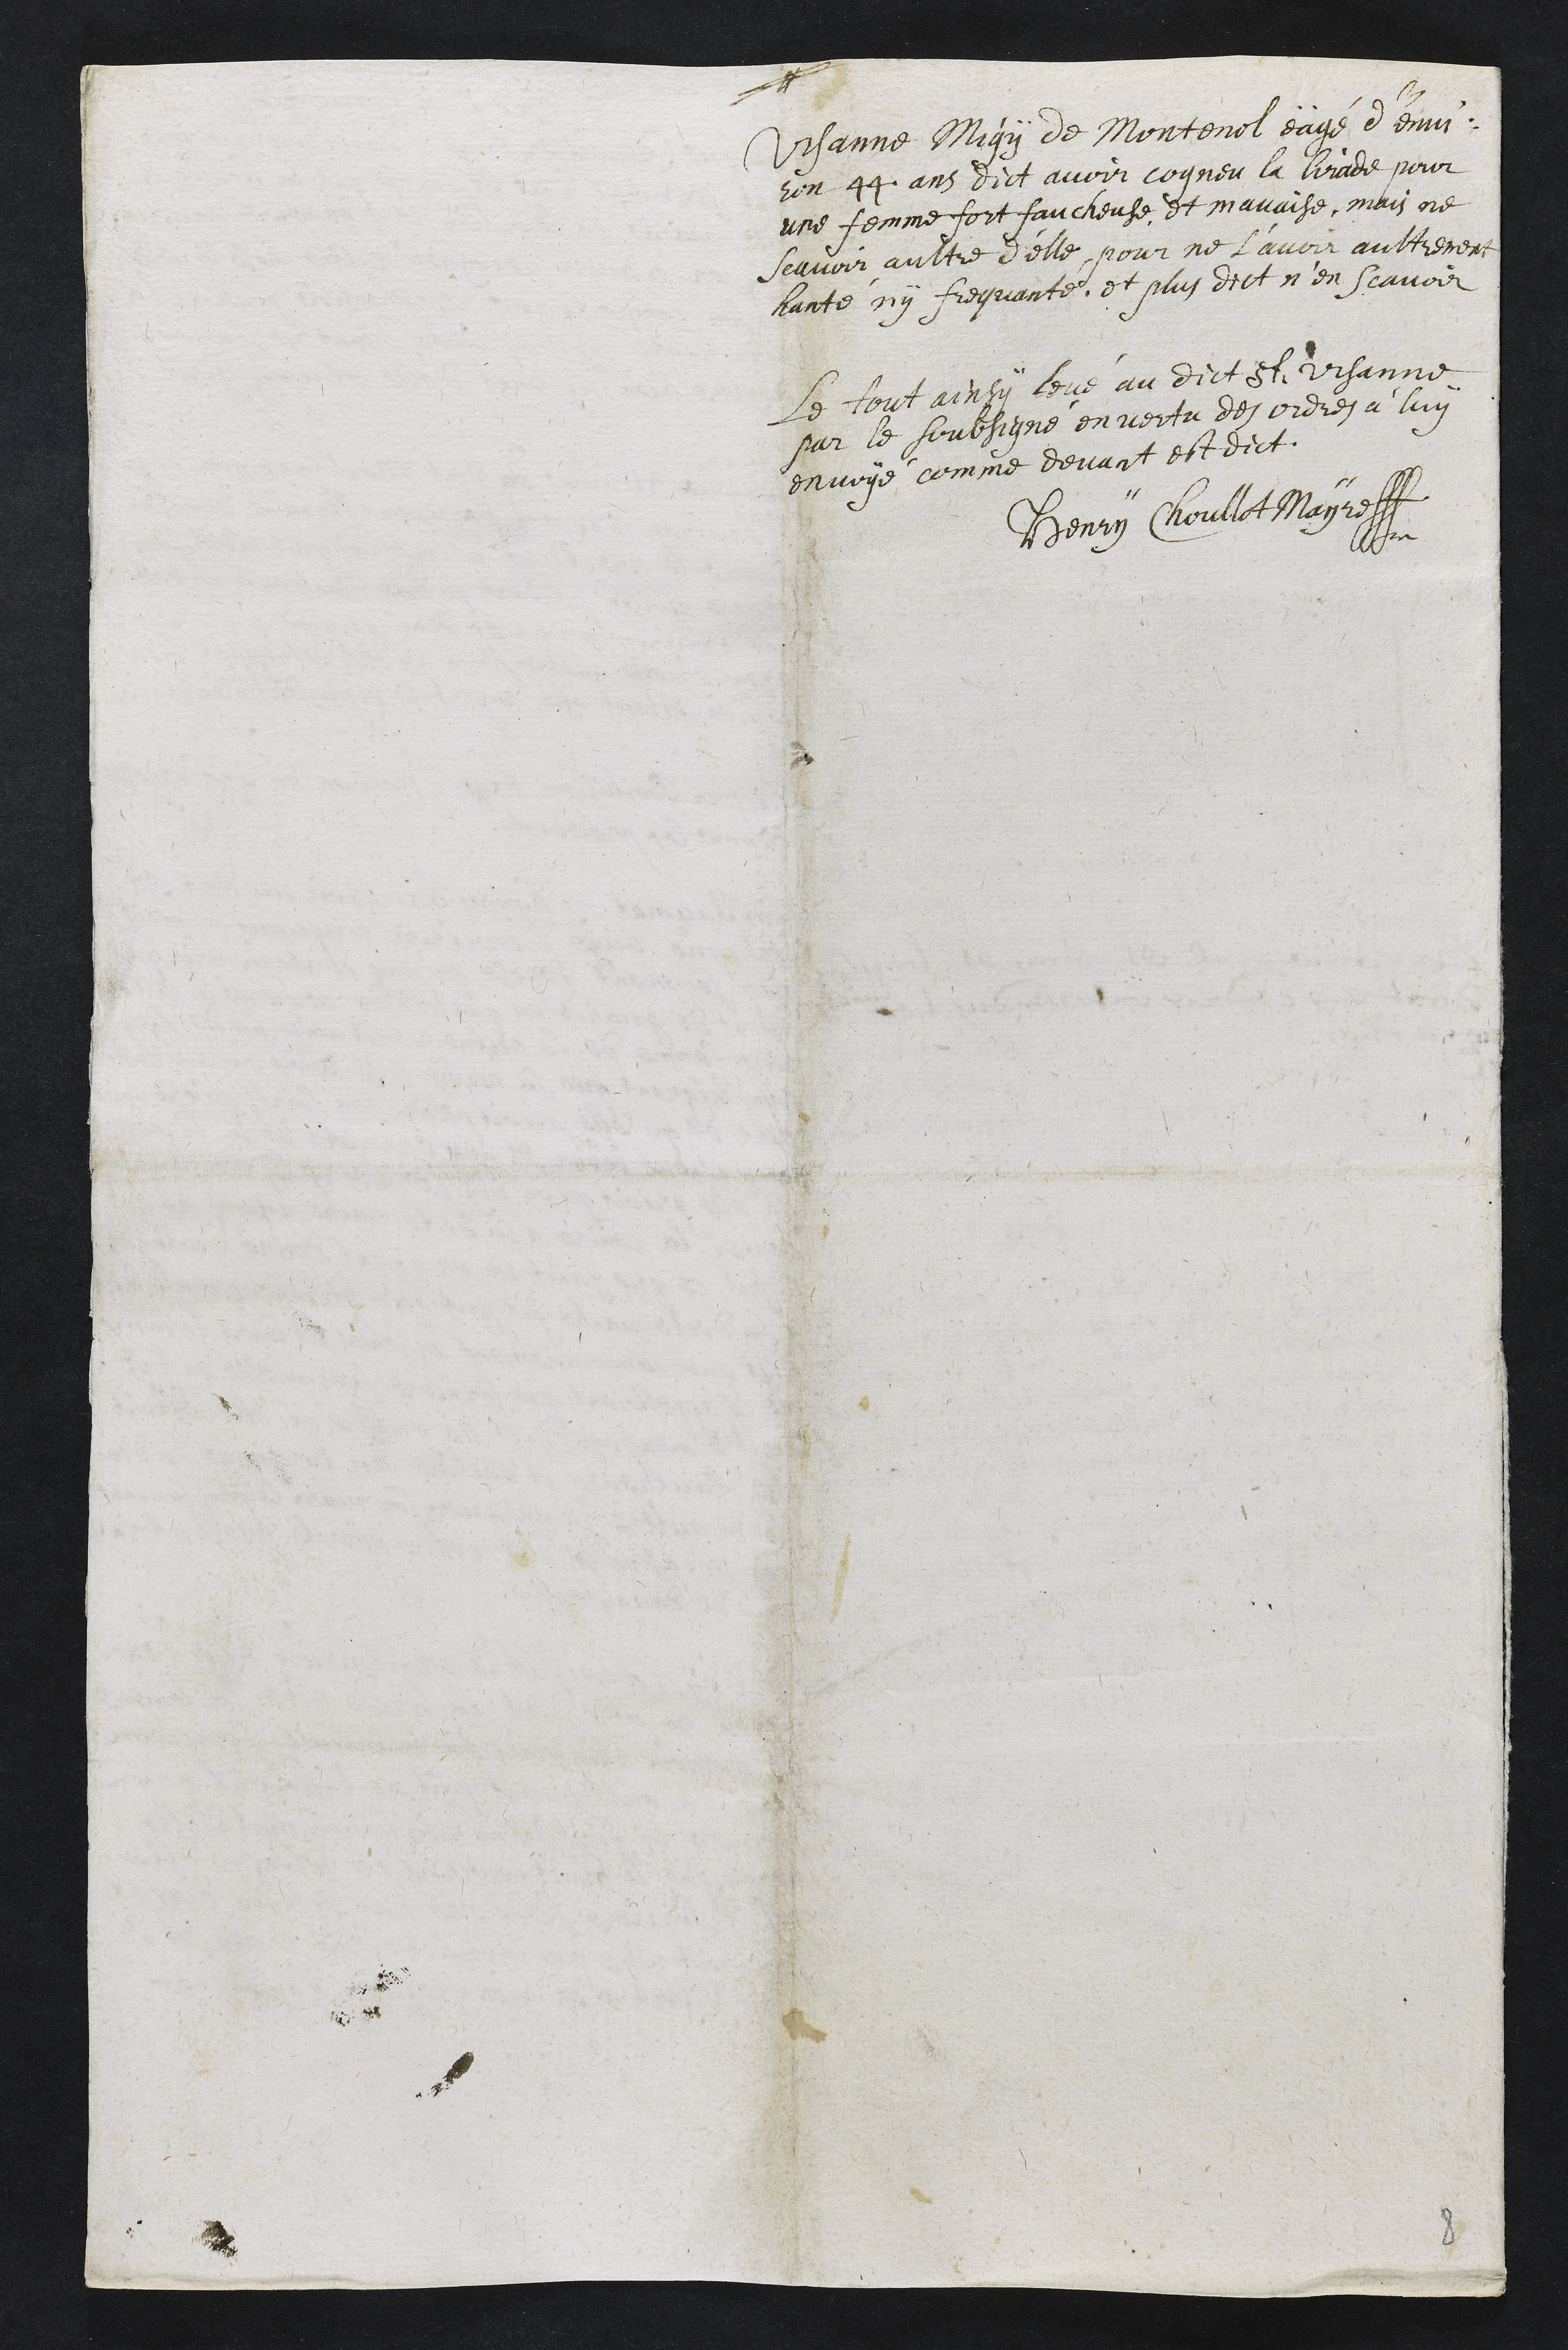
Ursanne Migy de Montenol, eägé d'envi¬
ron 44 ans dict avoir cogneu la lirade pour
une femme fort faucheuse et mauvaise, mais ne
scavoir aultre d’elle, pour ne l’avoir aultrement
hanté ny frequanté et plus dict n’en scavoir
Le tout ainsy levé au dict St Ursanne
par le soubsigné en vertu des ordres à luy
envoyé comme devant est dict.
Henry Choullot Mayre
8